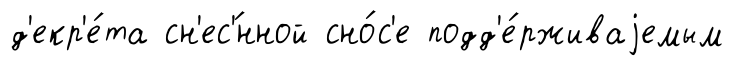
д'екр'е́та сн'ес'́нной сно́с'е подд'е́рживаjемым